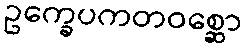
ဥက္ခေပကတဝစ္ဆော